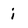
Character: i